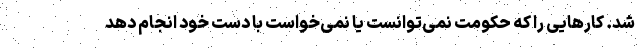
شد. کارهایی را که حکومت نمی‌توانست یا نمی‌خواست با دست خود انجام دهد